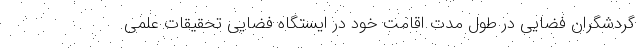
گردشگران فضایی در طول مدت اقامت خود در ایستگاه فضایی تحقیقات علمی